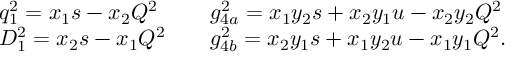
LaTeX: \begin{array} { l l } { { q _ { 1 } ^ { 2 } = x _ { 1 } s - x _ { 2 } Q ^ { 2 } } } & { { \quad g _ { 4 a } ^ { 2 } = x _ { 1 } y _ { 2 } s + x _ { 2 } y _ { 1 } u - x _ { 2 } y _ { 2 } Q ^ { 2 } } } \\ { { D _ { 1 } ^ { 2 } = x _ { 2 } s - x _ { 1 } Q ^ { 2 } } } & { { \quad g _ { 4 b } ^ { 2 } = x _ { 2 } y _ { 1 } s + x _ { 1 } y _ { 2 } u - x _ { 1 } y _ { 1 } Q ^ { 2 } . } } \end{array}